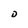
Character: D